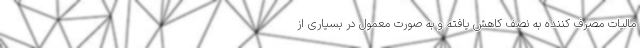
مالیات مصرف کننده به نصف کاهش یافته و به صورت معمول در بسیاری از